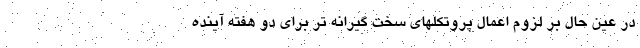
در عین حال بر لزوم اعمال پروتکلهای سخت گیرانه تر برای دو هفته آینده